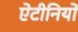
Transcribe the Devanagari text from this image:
ऐटीनियो